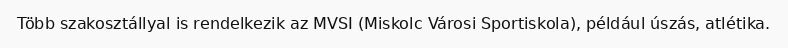
Több szakosztállyal is rendelkezik az MVSI (Miskolc Városi Sportiskola), például úszás, atlétika.